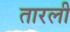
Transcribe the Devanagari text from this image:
तारली